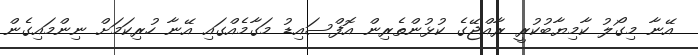
އޭނާ މިގޯލު ކާމިޔާބުކުރީ ރާއްޖޭގެ ކުޅުންތެރިން އޮފްސައިޑު މަގާމެއްގައި އޭނާ ހުރިކަމަށް ނިންމައިގެން